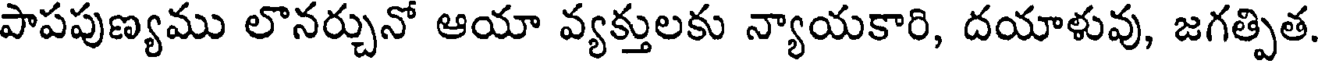
పాపపుణ్యము లొనర్చునో ఆయా వ్యక్తులకు న్యాయకారి, దయాళువు, జగత్పిత